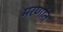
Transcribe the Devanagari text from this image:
मरणांत